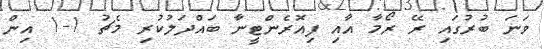
ވަނަ ބުރުގައި ރޭ ރޯމާ އާއި ފިއޮރެންޓީނާ ބައްދަލުކުރި މެޗު 1-1 އިން